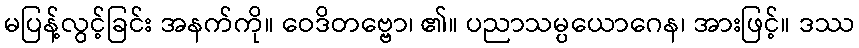
မပြန့်လွင့်ခြင်း အနက်ကို။ ဝေဒိတဗ္ဗော၊ ၏။ ပညာသမ္ပယောဂေန၊ အားဖြင့်။ ဒဿ